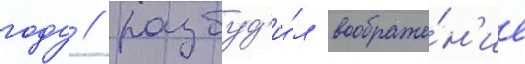
году / разбуд'и́л воображе́н'ие